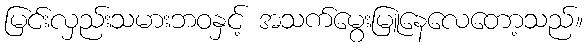
မြင်းလှည်းသမားဘဝနှင့် အသက်မွေးမြူနေလေတော့သည်။